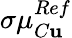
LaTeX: \sigma\mu_{C\mathbf{u}}^{Ref}